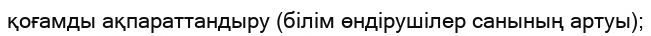
қоғамды ақпараттандыру (білім өндірушілер санының артуы);